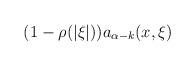
LaTeX: \begin{align*}(1-\rho(|\xi|))a_{\alpha-k}(x,\xi)\end{align*}